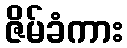
ဇိမ်ခံကား